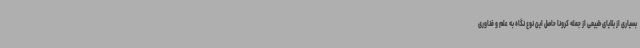
بسیاری از بلایای طبیعی از جمله کرونا حاصل این نوع نگاه به علم و فناوری